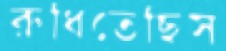
রুধিতেছিস